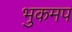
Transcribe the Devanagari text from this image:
भुकमप